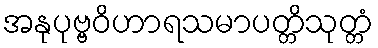
အနုပုဗ္ဗဝိဟာရသမာပတ္တိသုတ္တံ